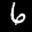
Label: 6